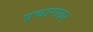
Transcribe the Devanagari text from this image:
प्रचारावर